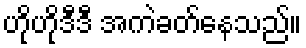
ဟိုဟိုဒီဒီ အကဲခတ်နေသည်။